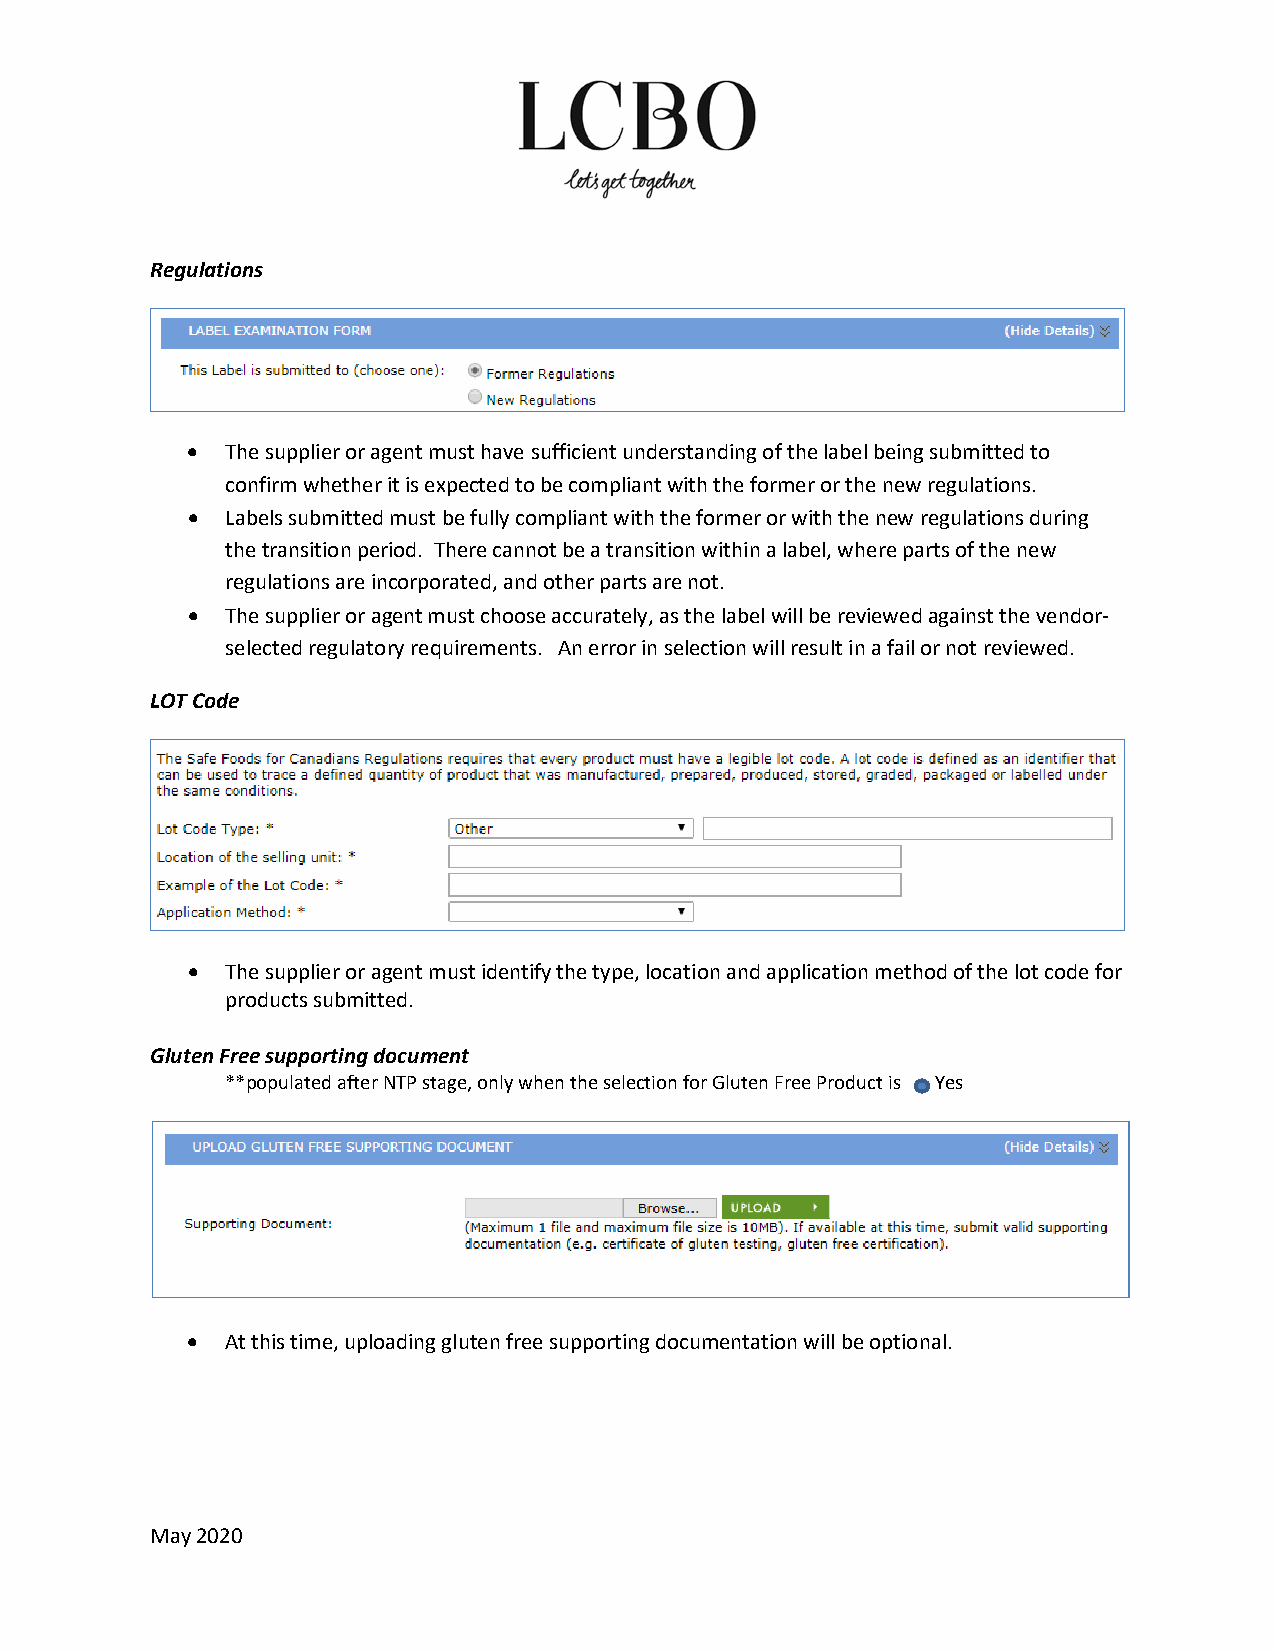
Regulations
 •  The supplier or agent must have sufficient understanding of the label being submitted to
 confirm whether it is expected to be compliant with the former or the new regulations.
 •  Labels submitted must be fully compliant with the former or with the new regulations during
 the transition period. There cannot be a transition within a label, where parts of the new
 regulations are incorporated, and other parts are not.
 •  The supplier or agent must choose accurately, as the label will be reviewed against the vendor-
 selected regulatory requirements. An error in selection will result in a fail or not reviewed.
 LOT Code
 •  The supplier or agent must identify the type, location and application method of the lot code for
 products submitted.
 Gluten Free supporting document
 **populated after NTP stage, only when the selection for Gluten Free Product is Yes
 •  At this time, uploading gluten free supporting documentation will be optional.
 May 2020